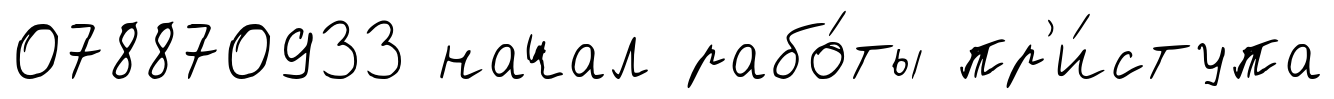
078870933 начал рабо́ты пр'и́ступа